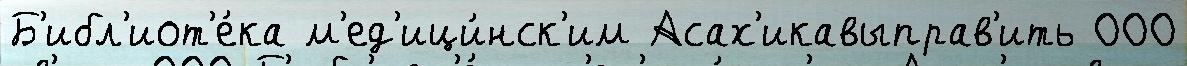
Б'ибл'иот'е́ка м'ед'ици́нск'им Асах'икавыправ'ить 000